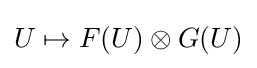
U\mapsto F(U)\otimes G(U)